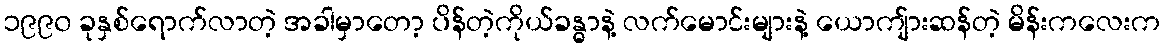
၁၉၉၀ ခုနှစ်ရောက်လာတဲ့ အခါမှာတော့ ပိန်တဲ့ကိုယ်ခန္ဓာနဲ့ လက်မောင်းများနဲ့ ယောကျ်ားဆန်တဲ့ မိန်းကလေးက